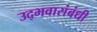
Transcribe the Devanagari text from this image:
उद्भवासंबंधी